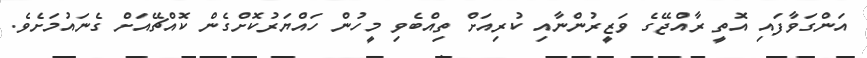
އަންގަވާފައި އޮތީ ރާއްޖޭގެ ވަޒީރުންނާއި ކުރިއަށް ތިއްބެވި މީހުން ހައްޔަރުކޮށްގެން ކޮއްޗޭއަށް ގެނައުމަށެވެ.